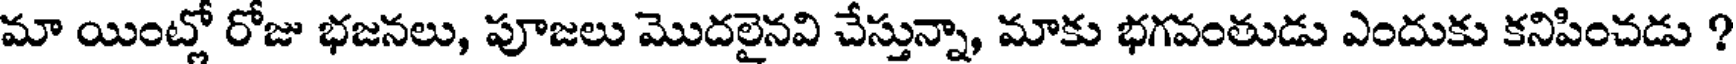
మా యింట్లో రోజు భజనలు, పూజలు మొదలైనవి చేస్తున్నా, మాకు భగవంతుడు ఎందుకు కనిపించడు ?